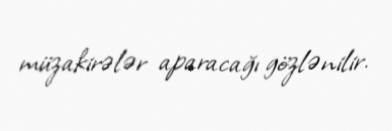
müzakirələr aparacağı gözlənilir.